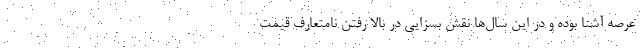
عرصه آشنا بوده و در این سال‌ها نقش بسزایی در بالا رفتن نامتعارف قیمت